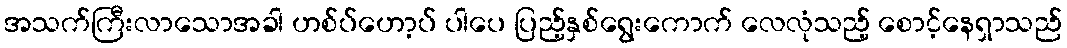
အသက်ကြီးလာသောအခါ ဟစ်ပ်ဟော့ပ် ပါပေ ပြည့်နှစ်ရွေးကောက် လေလုံသည့် စောင့်နေရှာသည်